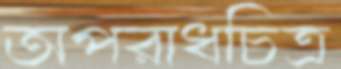
অপরাধচিত্র